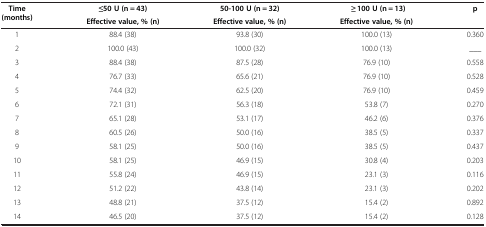
| <ROWSPAN=2> Time (months) | ≤50 U (n = 43) | 50-100 U (n = 32) | ≥ 100 U (n = 13) | <ROWSPAN=2> p |
 | Effective value, % (n) | Effective value, % (n) | Effective value, % (n) |
 | --- | --- | --- | --- | --- |
 | 1 | 88.4 (38) | 93.8 (30) | 100.0 (13) | 0.360 |
 | 2 | 100.0 (43) | 100.0 (32) | 100.0 (13) | ___ |
 | 3 | 88.4 (38) | 87.5 (28) | 76.9 (10) | 0.558 |
 | 4 | 76.7 (33) | 65.6 (21) | 76.9 (10) | 0.528 |
 | 5 | 74.4 (32) | 62.5 (20) | 76.9 (10) | 0.459 |
 | 6 | 72.1 (31) | 56.3 (18) | 53.8 (7) | 0.270 |
 | 7 | 65.1 (28) | 53.1 (17) | 46.2 (6) | 0.376 |
 | 8 | 60.5 (26) | 50.0 (16) | 38.5 (5) | 0.337 |
 | 9 | 58.1 (25) | 50.0 (16) | 38.5 (5) | 0.437 |
 | 10 | 58.1 (25) | 46.9 (15) | 30.8 (4) | 0.203 |
 | 11 | 55.8 (24) | 46.9 (15) | 23.1 (3) | 0.116 |
 | 12 | 51.2 (22) | 43.8 (14) | 23.1 (3) | 0.202 |
 | 13 | 48.8 (21) | 37.5 (12) | 15.4 (2) | 0.892 |
 | 14 | 46.5 (20) | 37.5 (12) | 15.4 (2) | 0.128 |